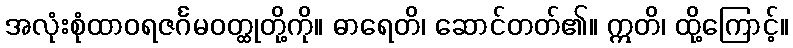
အလုံးစုံထာဝရဇင်္ဂမဝတ္ထုတို့ကို။ ဓာရေတိ၊ ဆောင်တတ်၏။ ဣတိ၊ ထို့ကြောင့်။